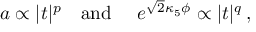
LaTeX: a \propto | t | ^ { p } ~ ~ ~ \mathrm { a n d } ~ ~ ~ ~ e ^ { \sqrt { 2 } \kappa _ { 5 } \phi } \propto | t | ^ { q } \, ,